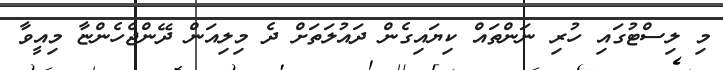
މި ލިސްޓުގައި ހުރި ނަންތައް ކިޔައިގެން ދައުލަތަށް ދެ މިލިއަން ދޭންޖެހެންޏާ މިއީވާ